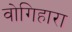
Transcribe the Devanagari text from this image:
वोगिहारा